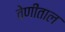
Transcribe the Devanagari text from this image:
वेणीताल